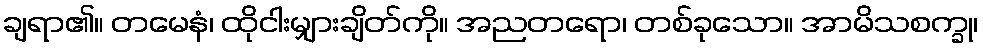
ချရာ၏။ တမေနံ၊ ထိုငါးမျှားချိတ်ကို။ အညတရော၊ တစ်ခုသော။ အာမိသစက္ခု၊